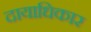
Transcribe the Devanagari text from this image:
दायाधिकार